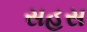
સહસ